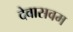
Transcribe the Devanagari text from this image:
देवासवम